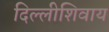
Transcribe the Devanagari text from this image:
दिल्लीशिवाय